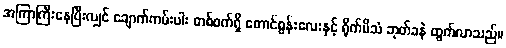
အကြာကြီးနေပြီးလျှင် ချောက်ကမ်းပါး တစ်ဝက်ရှိ တောင်စွန်းလေးနှင့် ရိုက်မိသံ ဘုတ်ခနဲ ထွက်လာသည်။